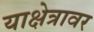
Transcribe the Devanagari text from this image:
याक्षेत्रावर